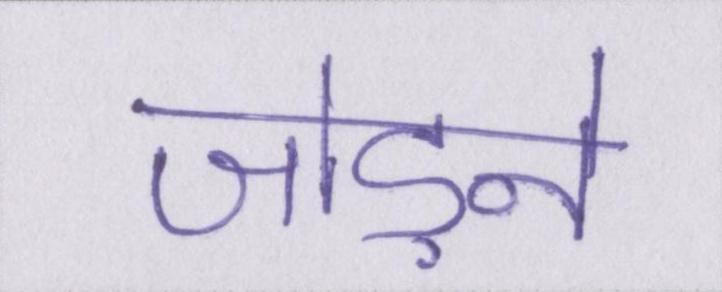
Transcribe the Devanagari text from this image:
जोड़ने